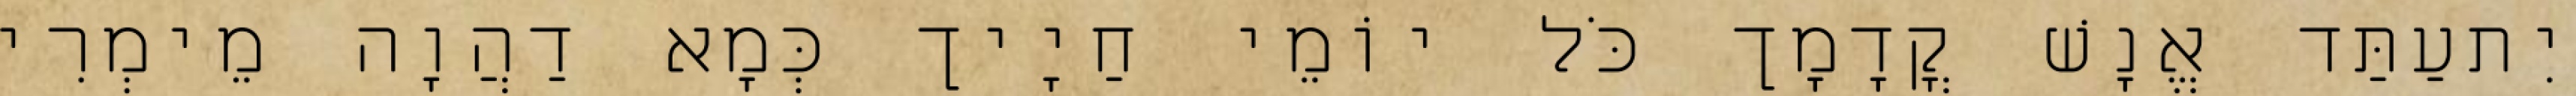
יִתעַתַּד אֱנָשׁ קֳדָמָך כֹּל יוֹמֵי חַיָיך כְּמָא דַהֲוָה מֵימְרִי